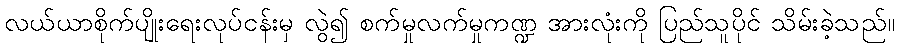
လယ်ယာစိုက်ပျိုးရေးလုပ်ငန်းမှ လွဲ၍ စက်မှုလက်မှုကဏ္ဍ အားလုံးကို ပြည်သူပိုင် သိမ်းခဲ့သည်။